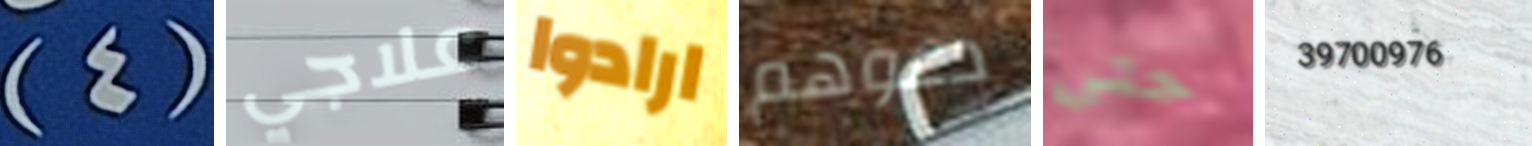
(4) علاجي ارادوا دعوهم حتى 39700976